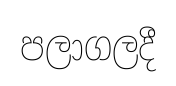
පලාගලදී